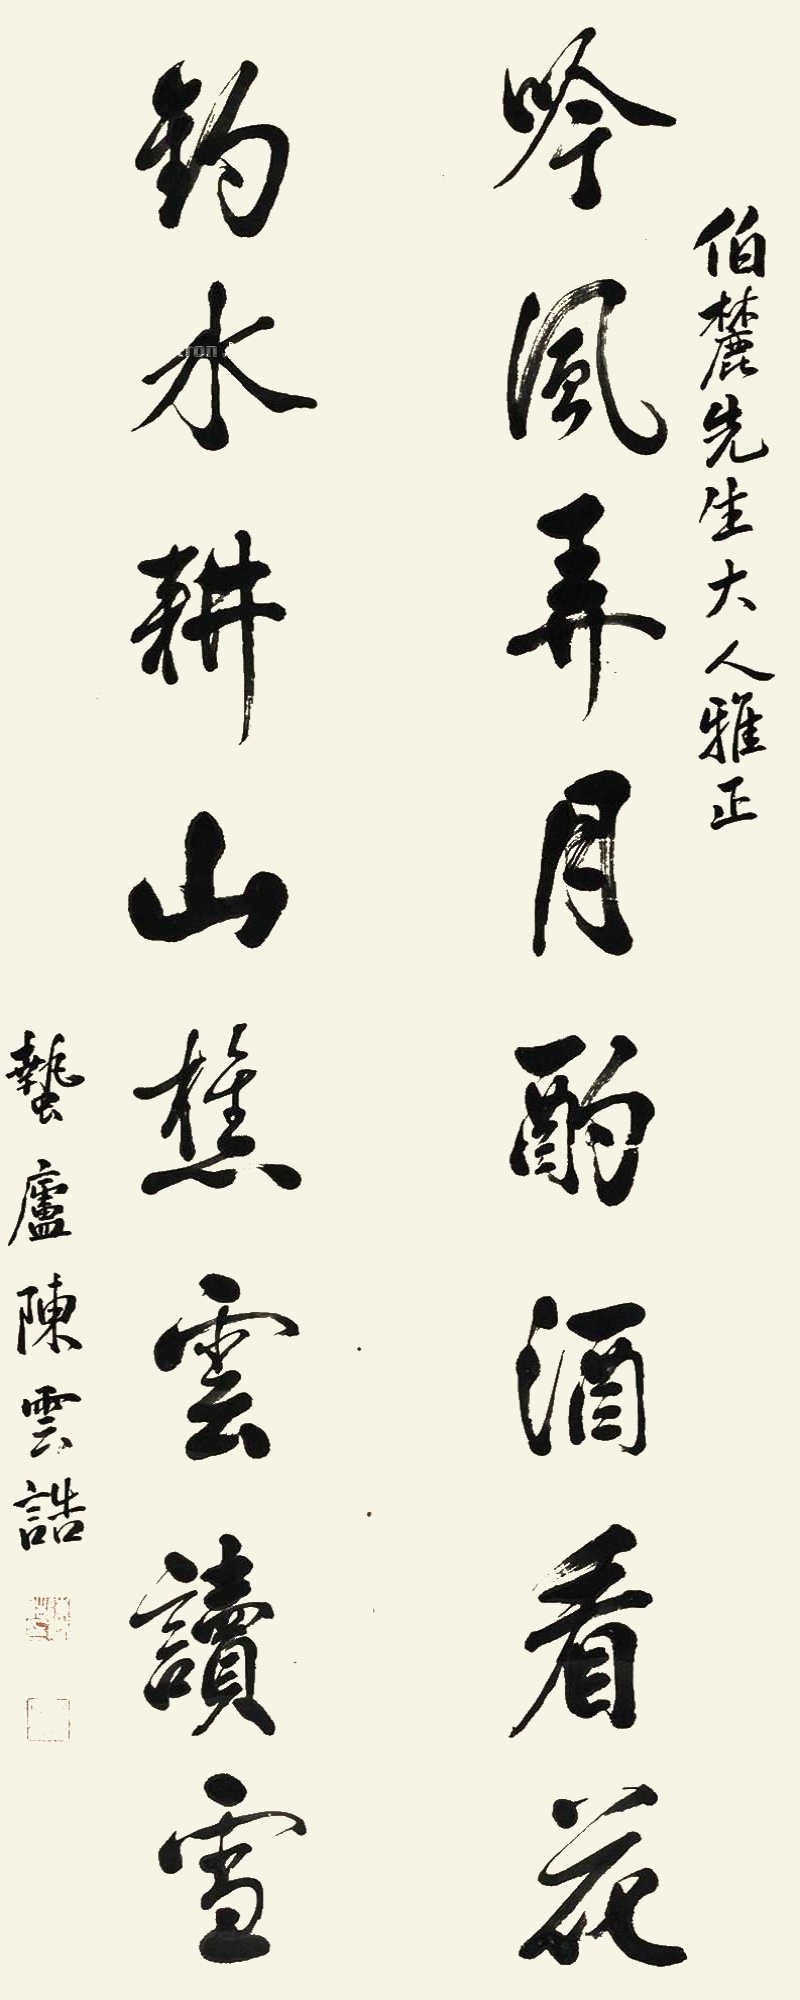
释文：吟风弄月酌酒看花，钓水耕山樵云读雪。伯麓先生大人雅正，蜇庐陈云诰。